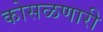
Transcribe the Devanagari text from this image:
कोसळणारी